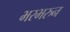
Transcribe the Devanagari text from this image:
भरभरुन